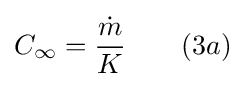
C_{\infty }={\frac {\dot {m}}{K}}\qquad (3a)